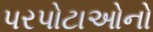
પરપોટાઓનો